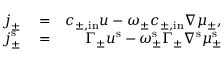
\begin{array} { r l r } { \boldsymbol { j } _ { \pm } } & { { } = } & { c _ { \pm , \mathrm { i n } } \boldsymbol { u } - \omega _ { \pm } c _ { \pm , \mathrm { i n } } \nabla \mu _ { \pm } , } \\ { \boldsymbol { j } _ { \pm } ^ { \mathrm { s } } } & { { } = } & { \Gamma _ { \pm } \boldsymbol { u } ^ { \mathrm { s } } - \omega _ { \pm } ^ { \mathrm { s } } \Gamma _ { \pm } \nabla ^ { \mathrm { s } } \mu _ { \pm } ^ { \mathrm { s } } } \end{array}